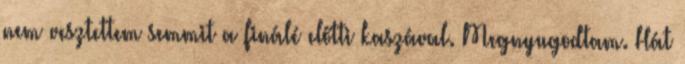
nem vesztettem semmit a finálé előtti kaszával. Megnyugodtam. Hát